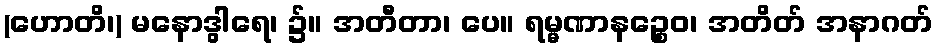
(ဟောတိ၊) မနောဒွါရေ၊ ၌။ အတီတာ၊ ပေ။ ရမ္မဏာနဉ္စေဝ၊ အတိတ် အနာဂတ်